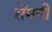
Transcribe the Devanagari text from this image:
रॉमनी